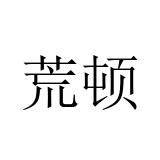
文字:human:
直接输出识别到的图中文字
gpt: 荒顿